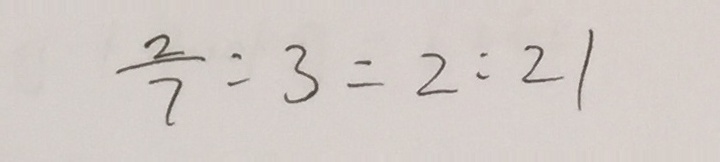
\frac { 2 } { 7 } : 3 = 2 : 2 1